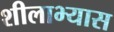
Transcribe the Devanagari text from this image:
शीलाभ्यास